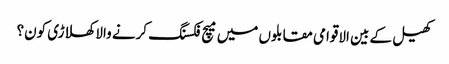
کھیل کے بین الاقوامی مقابلوں میں میچ فکسنگ کرنے والا کھلاڑی کون؟